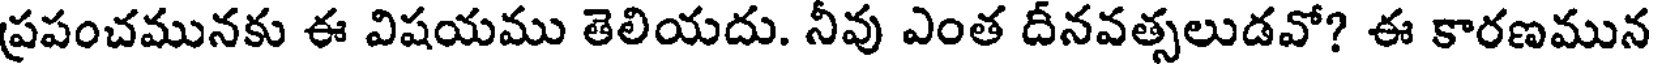
ప్రపంచమునకు ఈ విషయము తెలియదు. నీవు ఎంత దీనవత్సలుడవో? ఈ కారణమున